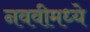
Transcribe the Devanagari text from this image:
नववीमध्ये